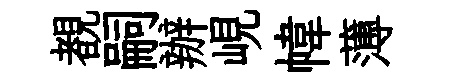
覩嗣辦峴幃薄